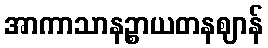
အာကာသာနဉ္စာယတနဈာန်